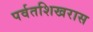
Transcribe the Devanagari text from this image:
पर्वतशिखरास